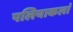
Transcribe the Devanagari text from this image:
पलियाकलां